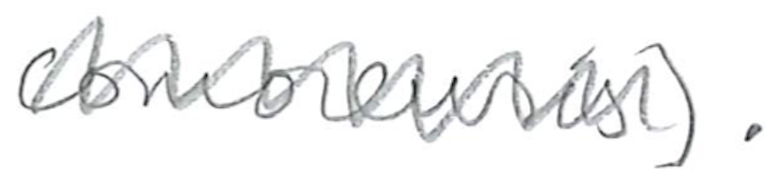
Text: comorensis).
Cross-out: zig-zag
Writing tool: pencil